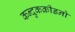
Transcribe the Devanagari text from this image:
कन्दुकक्रीडनो